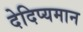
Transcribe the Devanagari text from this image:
देदिप्यमान